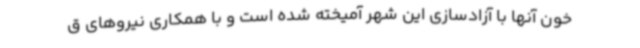
خون آنها با آزادسازی این شهر آمیخته شده است و با همکاری نیروهای ق